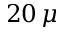
2 0 \, \mu